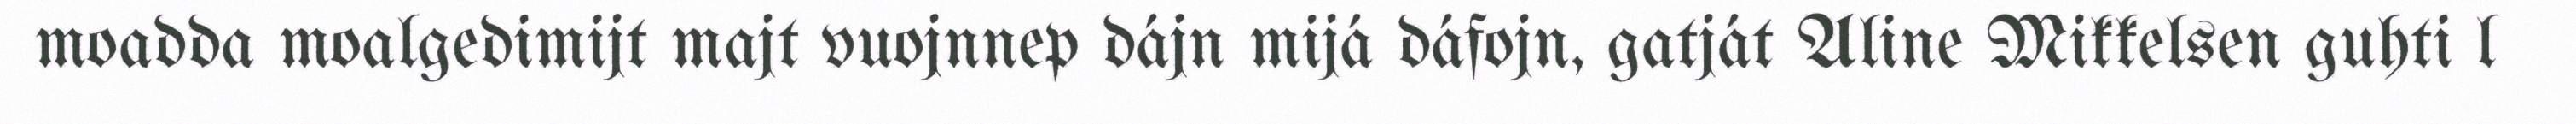
moadda moalgedimijt majt vuojnnep dájn mijá dáfojn, gatját Aline Mikkelsen guhti l